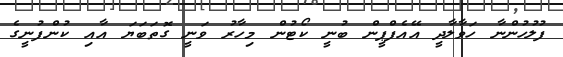
ފުލުހުންނާ ހަވާލާދީ އޭއެފްޕީން ބުނީ ކޯޓުން މިހާރު ވަނީ ގޮތަަބަޔަ އާއި ކުންފުނީގެ